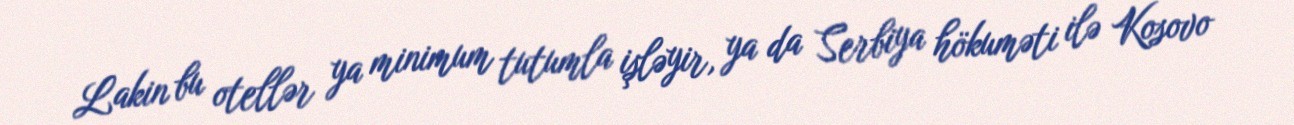
Lakin bu otellər ya minimum tutumla işləyir, ya da Serbiya hökuməti ilə Kosovo